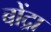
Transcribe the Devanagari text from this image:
बोंद्रा